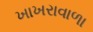
ખાખરાવાળા